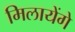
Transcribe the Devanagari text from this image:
मिलायेंगे